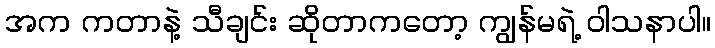
အက ကတာနဲ့ သီချင်း ဆိုတာကတော့ ကျွန်မရဲ့ ဝါသနာပါ။